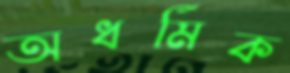
অধর্মিক